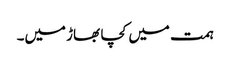
ہمت میں کچا بھاڑ میں۔